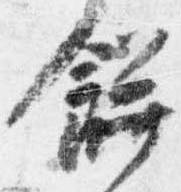
餅